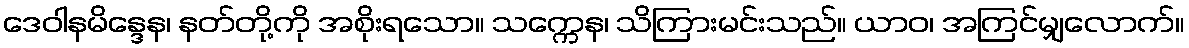
ဒေဝါနမိန္ဒေန၊ နတ်တို့ကို အစိုးရသော။ သက္ကေန၊ သိကြားမင်းသည်။ ယာဝ၊ အကြင်မျှလောက်။